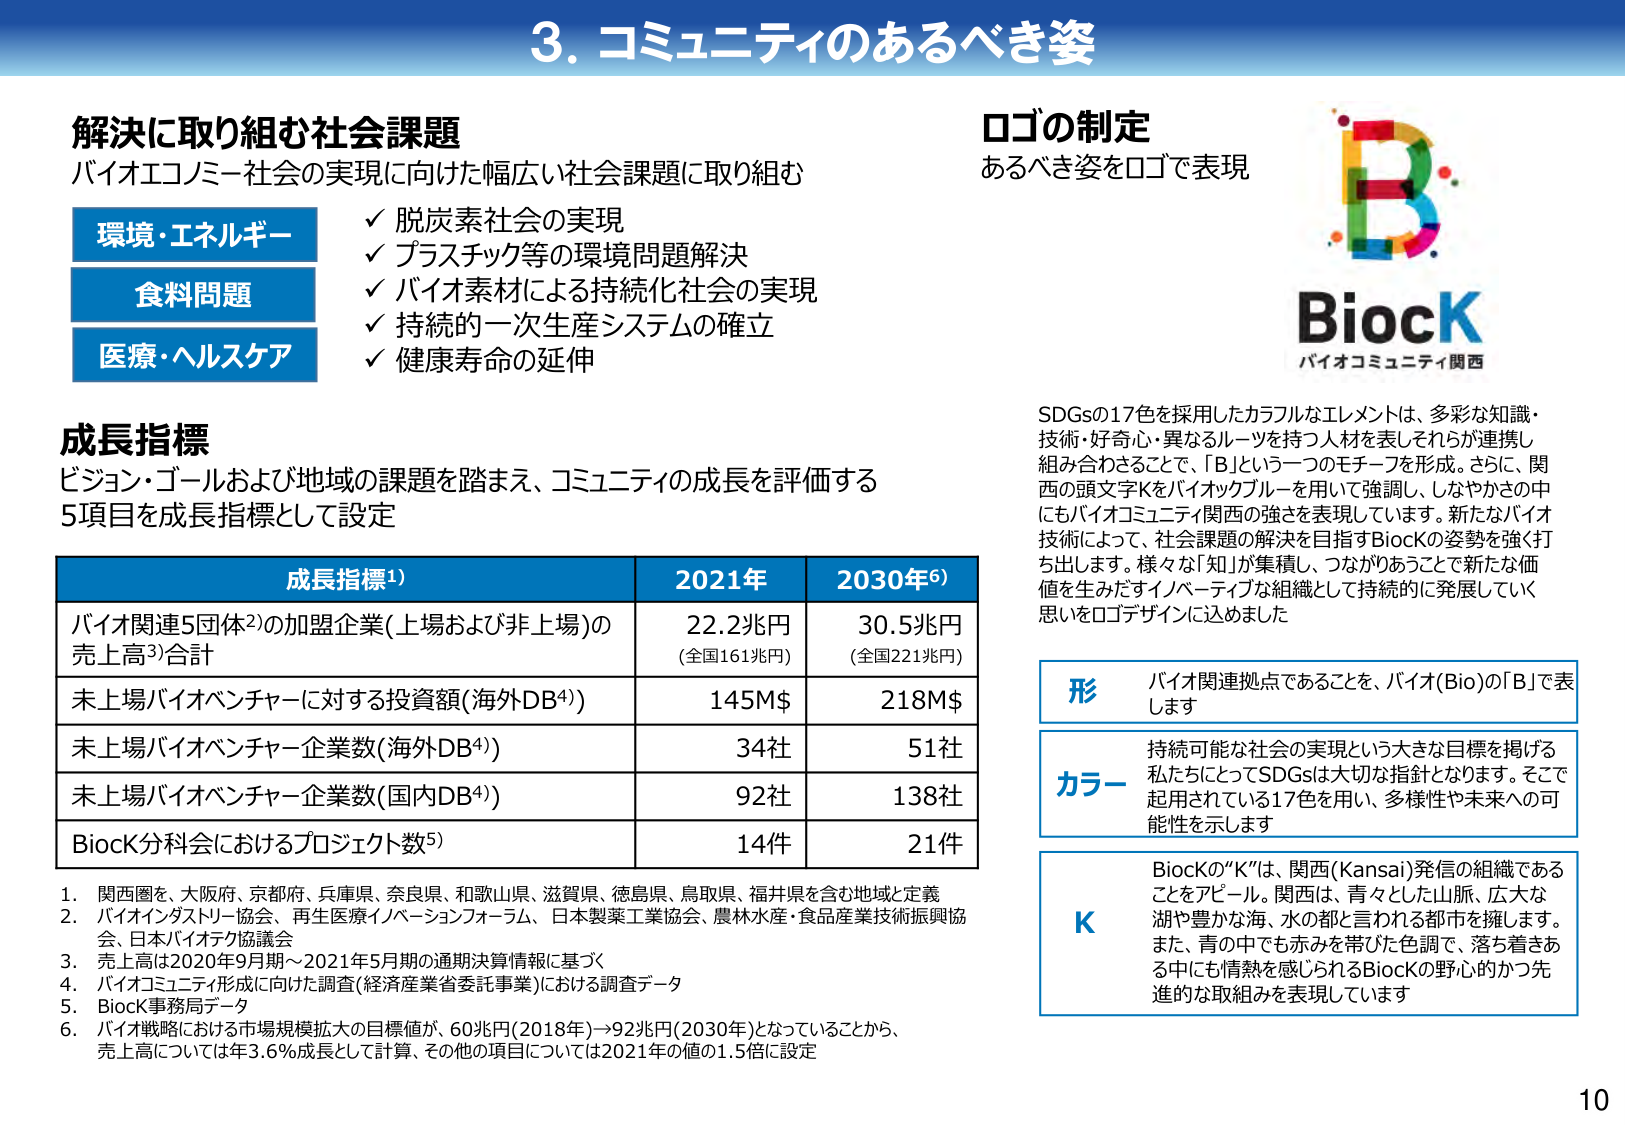
3. コミュニティのあるべき姿

解決に取り組む社会課題
バイオエコミー社会の実現に向けた幅広い社会課題に取り組む

環境・エネルギー
✓ 脱炭素社会の実現
✓ プラスチック等の環境問題解決

食料問題
✓ バイオ素材による持続化社会の実現
✓ 持続的一次生産システムの確立

医療・ヘルスケア
✓ 健康寿命の延伸

成長指標
ビジョン・ゴールおよび地域の課題を踏まえ、コミュニティの成長を評価する
5項目を成長指標として設定

成長指標¹⁾　　　　　　　　　2021年　　　　　　2030年⁶⁾
バイオ関連5団体²⁾の加盟企業（上場および非上場）の
売上高³⁾合計　　　　　　　　22.2兆円　　　　　30.5兆円
　　　　　　　　　　　　　　（全国161兆円）　　（全国221兆円）
未上場バイオベンチャーに対する投資額（海外DB⁴⁾）　　　145M$　　　　　218M$
未上場バイオベンチャー企業数（海外DB⁴⁾）　　　　　　　34社　　　　　　51社
未上場バイオベンチャー企業数（国内DB⁴⁾）　　　　　　　92社　　　　　　138社
BiocK分科会におけるプロジェクト数⁵⁾　　　　　　　　　14件　　　　　　21件

1. 関西圏を、大阪府、京都府、兵庫県、奈良県、和歌山県、滋賀県、徳島県、鳥取県、福井県を含む地域と定義
2. バイオインダストリー協会、再生医療イノベーションフォーラム、日本製薬工業協会、農林水産・食品産業技術振興協会、日本バイオテク協議会
3. 売上高は2020年9月期～2021年5月期の通期決算情報に基づく
4. バイオコミュニティ形成に向けた調査（経済産業省委託事業）における調査データ
5. BiocK事務局データ
6. バイオ戦略における市場規模拡大の目標値が、60兆円（2018年）→92兆円（2030年）となっていることから、
　売上高については年3.6%成長として計算、その他の項目については2021年の値の1.5倍に設定

ロゴの制定
あるべき姿をロゴで表現

BiocK
バイオコミュニティ関西

SDGsの17色を採用したカラフルなエレメントは、多彩な知識・
技術・好奇心・異なるルーツを持つ人材を表しそれらが連携し
組み合わさることで、「B」という一つのモチーフを形成。さらに、関
西の頭文字Kをバイオックブルーを用いて強調し、しなやかさの中
にもバイオコミュニティ関西の強さを表現しています。新たなバイオ
技術によって、社会課題の解決を目指すBiocKの姿勢を強く打
ち出します。様々な「知」が集積し、つながりあうことで新たな価
値を生みだすイノベーティブな組織として持続的に発展していく
思いをロゴデザインに込めました

形　バイオ関連拠点であることを、バイオ（Bio）の「B」で表します

カラー　持続可能な社会の実現という大きな目標を掲げる
私たちにとってSDGsは大切な指針となります。そこで
起用されている17色を用い、多様性や未来への可
能性を示します

K　BiocKの“K”は、関西（Kansai）発信の組織である
ことをアピール。関西は、青々とした山脈、広大な
湖や豊かな海、水の都と言われる都市を擁します。
また、青の中でも赤みを帯びた色調で、落ち着きあ
る中にも情熱を感じられるBiocKの野心的かつ先
進的な取組みを表現しています

10